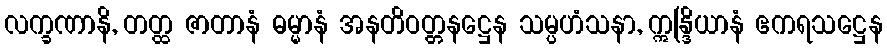
လက္ခဏာနိ, တတ္ထ ဇာတာနံ ဓမ္မာနံ အနတိဝတ္တနဋ္ဌေန သမ္ပဟံသနာ, ဣန္ဒြိယာနံ ဧကရသဋ္ဌေန